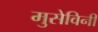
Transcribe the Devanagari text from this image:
मुसेविनी